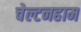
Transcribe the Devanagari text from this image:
चेल्टनहाम